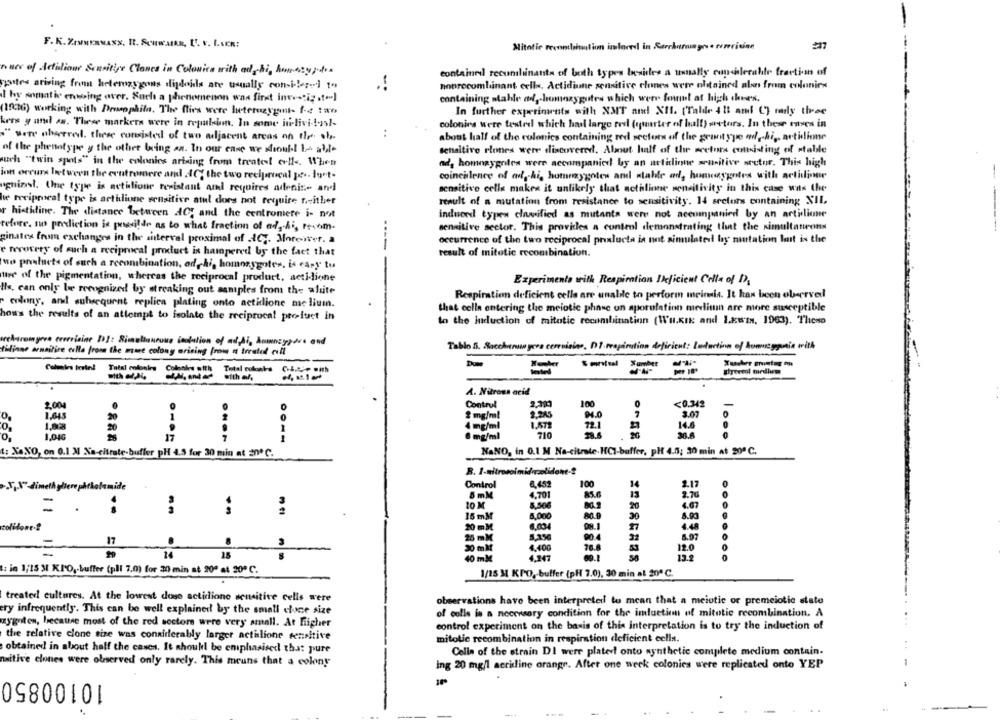
F.K. Zourauass, It. Souwatan, E. v. I.sER:
Mitotic reconbohmtion imlared in Sarrkurumyre turerician
#17
naes of detalione Sensitive Clanes in Colonica with ad hi, humstyrtos
containeil recunhiinants of both types besides a umnally coplecable fraction of
pates arising from heterozygous digdois are usually considerei to
nonrecombinant cells. Actidiune semative clones were obtained als from colonies
I hy somatic enwoing over. Such a phenomenon was first investig .t .- ]
containing stable od, homozygutes which were fowl at high chers.
(10:36) working with Drosophila, The flies were heterozygont- fe tao
In further experiments with XMT and XII. [Talde 4 13 and C) rady thee
kers y and as. These markers were in repulsion. In some it-livi -!- 4st-
colonies were tested which had large reel (quarter of half) sretors. In these enves in
" von abarrel. these consisted of two adjacent areas on the ob-
..
about half of the colonics containing red sector of the grant ype od ,- hi ,, artidlione
of the phenotype y the other bring an. In our case we should be able
sensitive siones were discovered. About half of the actors consisting of stable
such "twin spots" in the colonies arising from treated! erll. When
ad, homozygoles were accompanied by an actidione sensitive sretur. This high
jon occurs between the centromere and .10; the two reciprocal je .. lurt-
coincilence of chi, homozygotes and stable od, homeagentes with actidione
sensitive cells makes it unlikely that acthlione sensitivity in this case was the
ugnial. One type is nethlione teristant and requires adeniz .- and
le reciprocal type is artidione sensitive atul does not require neither
result of a mutation from resistance to sensitivity. 14 srelors containing XIL.
r histidine. The distance between AC; and the centromere i- not
induord typen clawified as mutants were not accompanied by an artilione
refore. suo perdiction is possible as to what fraction of ad, Ai, mecom-
sensitive sector. This provides a control demonstrating that the simultaneons
ginates from exchanges in the sisterval proximal of ACT. Motoret. a
occurrence of the two reciprocal prixlucta is not simulated by mutation laut in the
e recovery of such a reciprocal product is hampered by the fact that
result of mitotic recombination.
wo products of such a recombination, od hi, homozygoter. is cary to
ture of the pigmentation, whereas the reciprocal product, acti-lione
Experimento with Respiration Deficient Cella of D,
Ils, can only be recognized by streaking out samples from the alute
Respiration deficient cells are unable to perform meindia. It has been observed
elony, and subsequent replica plating onto actidione me lium.
that celle entering the meiotic phase on sporolation medium are more susceptible
how's the results of an attempt to isolate the reciprocal pro-luct in
to the hiduction of mitotic recombination (Wu.Krk: and 1.xw'TH, 1963). Theso
ireheroinyree crerrisine 11: Simultaneous (notation of ad,di, Anneyyd's and
Tablo S. Socchenon yera cercuisine, DI reagantion deficient: laduction of homuzyauntie with
tilinne arnaitice ella from the mme colony arising from n trrated rull
Total colonles
$ mntul
Surebet
---
CL,Die with
with el
A. Nitrous acid
Control
2004
<0.349
0
1,645
2 mg/ml
2.245
0
20
4 mg/ml
O
1.046
6 mg/ml
710
t: XaNO, on 0.1 M Na-citrate-buffer pH 4.5 for 30 min at 20ºC.
NaNO, in 0.1 M Na-citrate.HCI-buffer, pH 4.5; 30 min at 20º C.
4.459
100
14
S,V" dimethyltere phtholamide
Control
2.17
5 mM
4.701
85.6
13
10 M
=
.
20
15 mM
30
8.93
6.034
27
colidone -?
20 mM
17
25 mM
90.4
8.97
4.40G
76.8
14
15
12.0
40 mlM
4,247
69.1
13.3
........
: in 1;15 M KIO, buffer (pll 7.0) for 20 min at 20º at 200℃.
1/25 M KPO ,- buffer (pH 7.0), 30 min at 200 ℃.
treated cultures. At the lowest dose actidione sensitive cells were
observations have been interpreted to mean that a meiotic or premeiotic state
ery infrequently. This can be well explained by the small clone size
of colls is a necessary condition for the induction of mitotic recombination. A
zygotes, because most of the red sectors were very small. At Higher
control experiment on the basis of this interpretation is to try the induction of
the relative clone size was considerably larger actilione sensitive
mitotic recombination in respiration deficient cells.
obtained in about half the cases. It should be emphasised that pure
Colla of the strain DI were plater onto synthetic complete medium contain.
naitive clones were observed only rarely. This means that a colony
ing 20 mg/l acridline orange. After one week colonics were replicated onto YEP
10100850